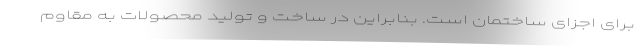
برای اجزای ساختمان است. بنابراین در ساخت و تولید محصولات به مقاوم